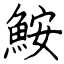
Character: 鮟